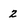
Character: 2